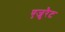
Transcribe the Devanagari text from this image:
एजुरैट